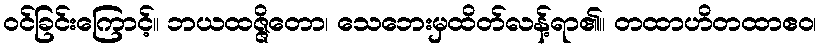
ဝင်ခြင်းကြောင့်။ ဘယထဇ္ဇိတော၊ သေဘေးမှထိတ်လန့်ရာ၏။ တထာဟိတထာဧဝ၊